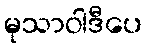
မုသာဝါဒီပေ